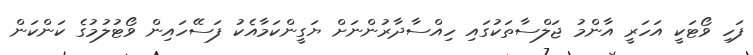
ފަހި ވޯޓަކީ އަހަރީ އާންމު ޖަލްސާތަކުގައި ހިއްސާދާރުންނަށް ޔަގީންކަމާއެކު ފަސޭހައިން ވޯޓުލުމުގެ ކަންކަން